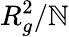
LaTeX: R_{g}^{2}/\mathbb{N}